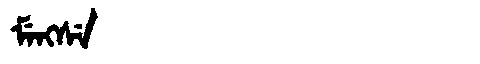
Manchu: ᠮᡝᠩᠰᡝ
Romanization: MENGSE